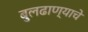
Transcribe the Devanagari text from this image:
बुलढाण्याचे